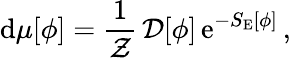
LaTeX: \mathrm{d}\mu[\phi]=\frac{1}{{\cal Z}}\, {\cal D}[\phi]\, \mathrm{e}^{-S_{\mathrm{E}}[\phi]}\, ,